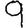
Digit: 9